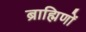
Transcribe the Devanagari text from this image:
ब्राह्मिणों